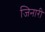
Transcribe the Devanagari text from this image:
जिनारी